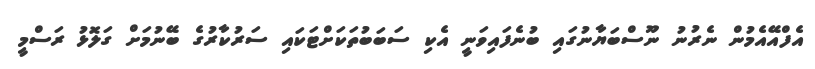
އެފްއޭއެމުން ނެރުނު ނޫސްބަޔާނުގައި ބުނެފައިވަނީ އެކި ސަބަބުތަކަށްޓަކައި ސަރުކާރުގެ ބޭނުމަށް ގަލޮޅު ރަސްމީ